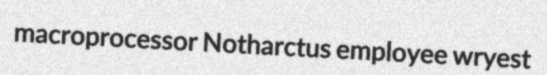
macroprocessor Notharctus employee wryest